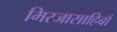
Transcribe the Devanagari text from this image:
मिरजासाहिबाँ